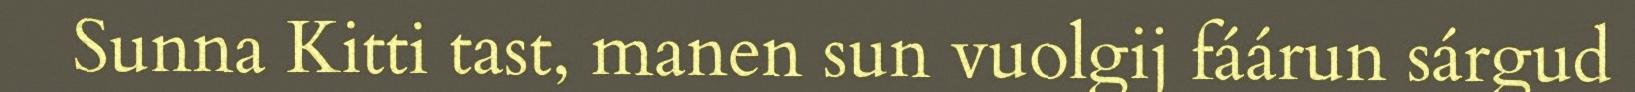
Sunna Kitti tast, manen sun vuolgij fáárun sárgud